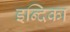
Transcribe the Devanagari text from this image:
इन्दिका